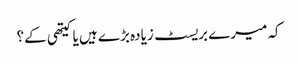
کہ میرے بریسٹ زیادہ بڑے ہیں یا کیتھی کے؟